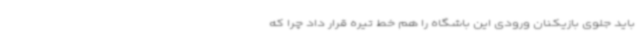
باید جلوی بازیکنان ورودی این باشگاه را هم خط تیره قرار داد چرا که